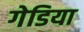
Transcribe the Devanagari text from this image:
गेडिया